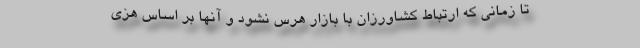
تا زمانی‌ که ارتباط کشاورزان با بازار هرس نشود و آنها بر اساس هزی